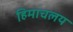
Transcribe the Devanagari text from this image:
हिमाचलय